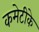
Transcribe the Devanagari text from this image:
कमेटीके